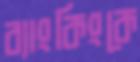
ব্যাংকিংকে